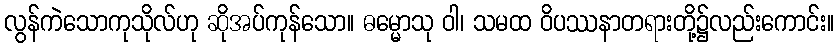
လွန်ကဲသောကုသိုလ်ဟု ဆိုအပ်ကုန်သော။ ဓမ္မောသု ဝါ၊ သမထ ဝိပဿနာတရားတို့၌လည်းကောင်း။